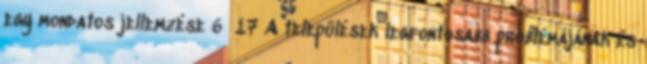
egy mondatos jellemzése 6 17 A települések legfontosabb problémájának és